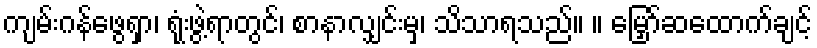
ကျမ်းဂန်ဖွေရှာ၊ ရုံးဖွဲ့ရာတွင်၊ စာနာလျှင်းမှ၊ သိသာရသည်။ ။ မြှော်ဆထောက်ချင့်